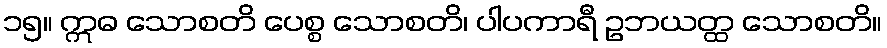
၁၅။ ဣဓ သောစတိ ပေစ္စ သောစတိ၊ ပါပကာရီ ဥဘယတ္ထ သောစတိ။